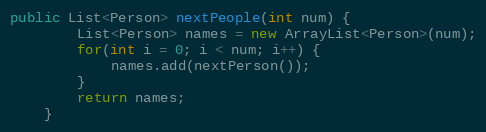
Language: Java
public List<Person> nextPeople(int num) {
		List<Person> names = new ArrayList<Person>(num);
		for(int i = 0; i < num; i++) {
			names.add(nextPerson());
		}
		return names;
	}